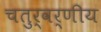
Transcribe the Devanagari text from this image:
चतुर्वर्णीय